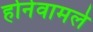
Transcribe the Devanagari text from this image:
होनेवामले